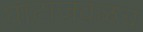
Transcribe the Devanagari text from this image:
घाटाजवळच